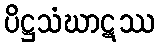
ပိဋ္ဌသံဃာဋဿ